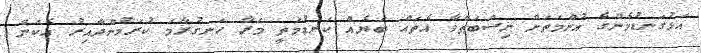
އަޅުގަނޑުމެންގެ އުންމަތަށް ނިސްބަތްވާ އެތައް ބަޔެއް ކަނޑުމަތީ މަރާ ހަނގުރާމަ ކުރަމުންދާއިރު އެކަން